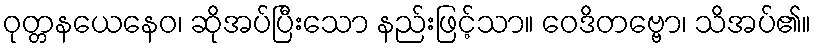
ဝုတ္တနယေနေဝ၊ ဆိုအပ်ပြီးသော နည်းဖြင့်သာ။ ဝေဒိတဗ္ဗော၊ သိအပ်၏။